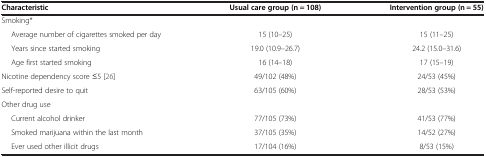
| Characteristic | Usual care group (n = 108) | Intervention group (n = 55) |
 | --- | --- | --- |
 | Smoking* |  |  |
 | Average number of cigarettes smoked per day | 15 (10–25) | 15 (11–25) |
 | Years since started smoking | 19.0 (10.9–26.7) | 24.2 (15.0–31.6) |
 | Age first started smoking | 16 (14–18) | 17 (15–19) |
 | Nicotine dependency score ≤5 [26] | 49/102 (48%) | 24/53 (45%) |
 | Self-reported desire to quit | 63/105 (60%) | 28/53 (53%) |
 | Other drug use |  |  |
 | Current alcohol drinker | 77/105 (73%) | 41/53 (77%) |
 | Smoked marijuana within the last month | 37/105 (35%) | 14/52 (27%) |
 | Ever used other illicit drugs | 17/104 (16%) | 8/53 (15%) |